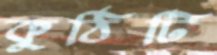
কুঠিটি